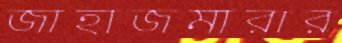
জাহাজমারার